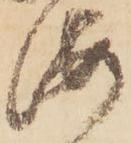
海